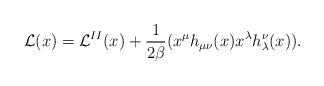
LaTeX: \begin{align*}{\cal L}(x)={\cal L}^{II}(x)+\frac{1}{2\beta}(x^\mu h_{\mu\nu}(x) x^\lambda h_{\lambda}^{\nu}(x)).\end{align*}